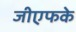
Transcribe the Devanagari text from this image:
जीएफके